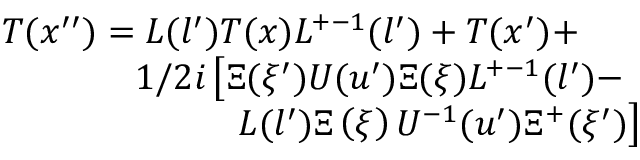
\begin{array} { l } { { T ( x ^ { \prime \prime } ) = L ( l ^ { \prime } ) T ( x ) L ^ { + - 1 } ( l ^ { \prime } ) + T ( x ^ { \prime } ) + } } \\ { { \phantom { T ( x ^ { \prime \prime } ) = } 1 / 2 i \left[ \Xi ( \xi ^ { \prime } ) U ( u ^ { \prime } ) \Xi ( \xi ) L ^ { + - 1 } ( l ^ { \prime } ) - \right. } } \\ { { \phantom { T ( x ^ { \prime \prime } ) = a s d f } \left. L ( l ^ { \prime } ) \Xi \left( \xi \right) U ^ { - 1 } ( u ^ { \prime } ) \Xi ^ { + } ( \xi ^ { \prime } ) \right] } } \end{array}